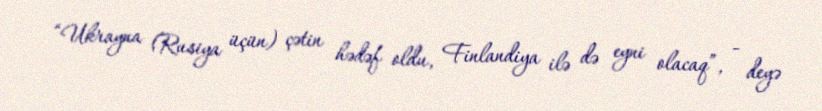
“Ukrayna (Rusiya üçün) çətin hədəf oldu, Finlandiya ilə də eyni olacaq”, - deyə